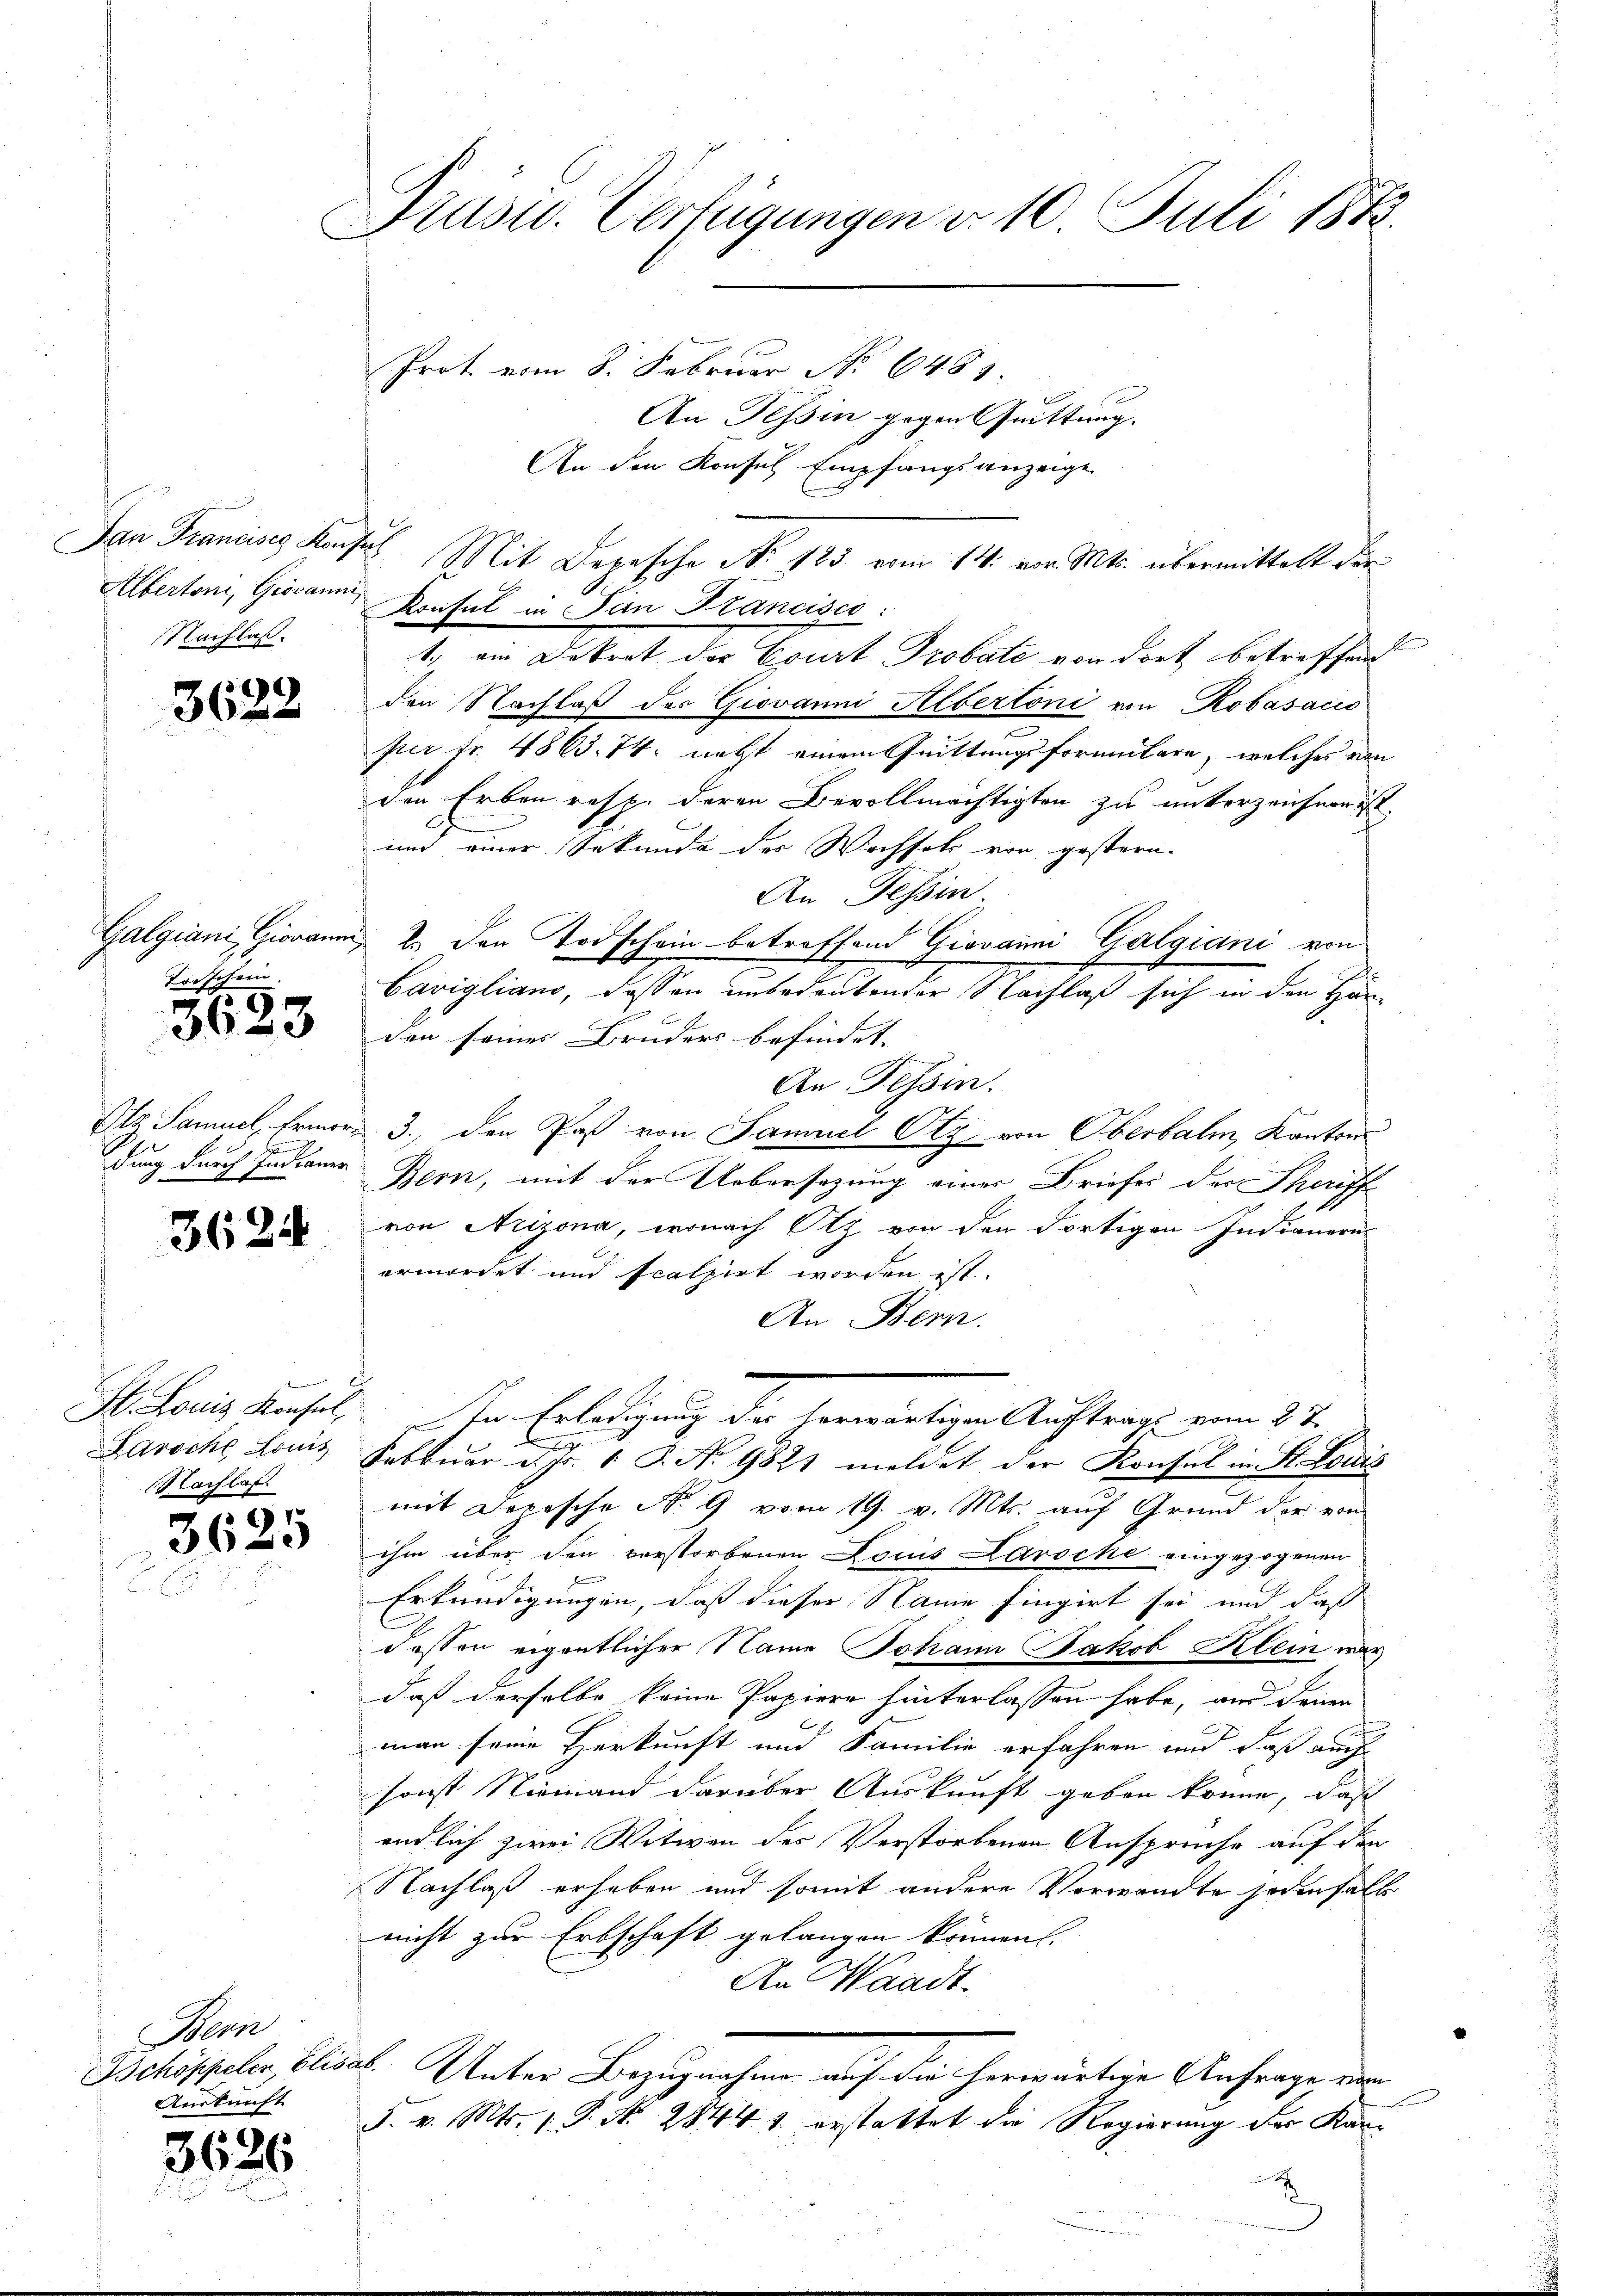
Dan Francisce Konf
Albertoni, Giovanni
Nachlaß.

3628

Galgiani Giovaum
Torschein

59

3620

Dlz Samuel, Ermor¬

3624

St. Louis Konsul,
Hachlas

3625

Bern
Bchöppeler, Eli
Auskunft

3625

Prust. Verfügungen d. 10 Juli 1873.
Prot vom 8. Februar No 648.

An Tessin gegen Quittung.
An den Konsul Empfangsanzeige
uech Mit Depesche No. 183 vom 14. vor. Mts. übermittelt der
Konsul in Pan Stancisco:
1.) ein Dekret der Court Probate von dort betreffend
den Nachlaß des Giovanni Albertoni von Robasacis
per Fr. 4863. 74. nebst einem Quittungsformulare, welches von
den Erben resp. deren Bevollmächtigten zu unterzeichnen ist.
und einer Sekunde der Wechsels von gestern.
An Tessin
E Den Todschein betroffend Giovanni Galgiani von
Cavigliano, dassen unbedeutender Nachlaß sich in den Händen seiner Bruders befindet. |
An Tessin.
3., den Post von Samuel Otz von Oberbalm, Kantons
dung durch Indianer Bern, mit der Uebersezung einer Briefes der Seiff
von Arizona, wonach Olz von den dortigen Indianern
ermordet und fcalpirt worden ist.
An Bern.
In Erledigung der herwärtigen Auftrags vom 27.
Laroche Louis Februar d. Js. 1 S. No 9821 meldet der Konsul in St. Louis
mit Depesche No 9 vom 19. v. Mts. auf Grund der vom
ihm über den verstorbenen Louis Laroche eingezogenen
Erkundigungen, daß dieser Name fingirt sei und daß
dessen eigentlicher Name Johann Jakob Klein war
daß derselbe keine Papiere hinterlassen habe, an denen
man seine Herkunft und Familie erfahren und daß auch
sonst Niemand darüber Auskunft geben könne, daß
endlich zwei Witwen des Verstorbenen Ansprüche auf den
Nachlaß erhaben und somit andere Verwandte jedenfalls
nicht zur Erbschaft gelangen können. |
An Waadt.
ab. Unter Bezugnahme auch die herwärtige Anfrage de
F. v. Mts. 1. P. N. 2844. 1. erstattet die Regierung des Kan¬